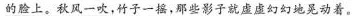
\underline{的脸上。秋风一吹，竹子一摇，那些影子就虚虚幻幻地晃动着。}